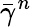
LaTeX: \bar{\gamma}^{n}